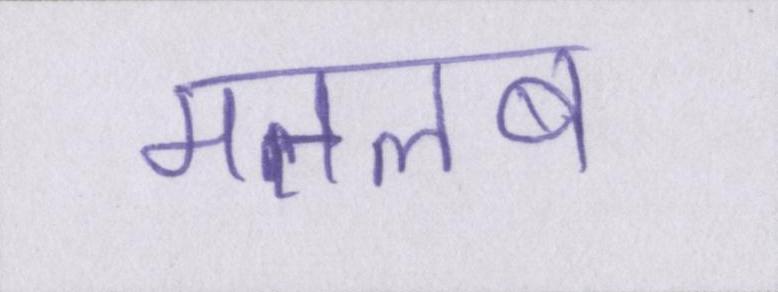
मतलब